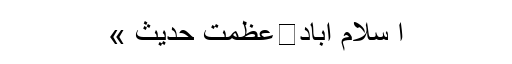
ا سلام آباد	عظمت حدیث »